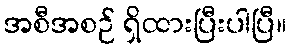
အစီအစဉ် ရှိထားပြီးပါပြီ။